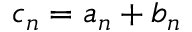
c _ { n } = a _ { n } + b _ { n }